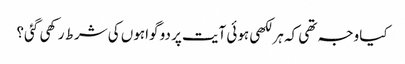
کیا وجہ تھی کہ ہر لکھی ہوئی آیت پر دو گواہوں کی شرط رکھی گئی؟